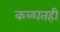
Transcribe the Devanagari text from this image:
कळातही